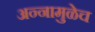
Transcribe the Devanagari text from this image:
अन्नामुळेच